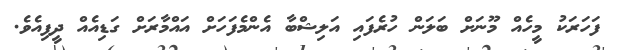
ފަހަރަކު މީހެއް މޫނަށް ބަލަން ހުރެފައި އަލިޝްބާ އެންމެފަހަށް އައްމާރަށް ގަޑިއެއް ދީފިއެވެ.